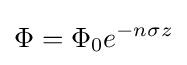
\Phi =\Phi _{0}e^{-n\sigma z}